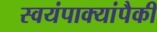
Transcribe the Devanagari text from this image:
स्वयंपाक्यांपैकी